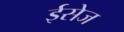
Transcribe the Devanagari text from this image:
ईसेज